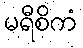
မရီစိကံ